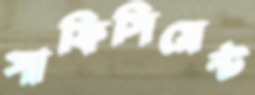
সাফিসিয়েন্ট